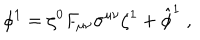
LaTeX: \phi ^ { 1 } = \zeta ^ { 0 } F _ { \mu \nu } \sigma ^ { \mu \nu } \zeta ^ { 1 } + \hat { \phi } ^ { 1 } \; ,